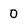
Character: 0